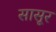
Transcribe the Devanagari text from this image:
सासूर